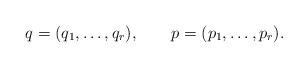
LaTeX: \begin{align*}q=(q_{1},\ldots,q_{r}),\qquad p=(p_{1},\ldots,p_{r}).\end{align*}